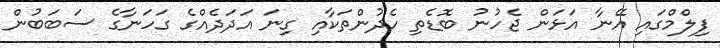
ފިލްމްގައި އޭނާ އަޅަން ޖެހުނު ބޮޑެތި ހެދުންތަކާއި ގިނަ އަދަދެއްގެ ގަހަނާގެ ސަބަބުން